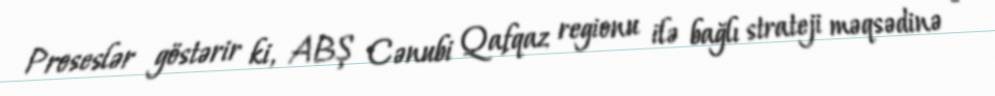
Proseslər göstərir ki, ABŞ Cənubi Qafqaz regionu ilə bağlı strateji məqsədinə -